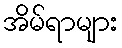
အိမ်ရာများ